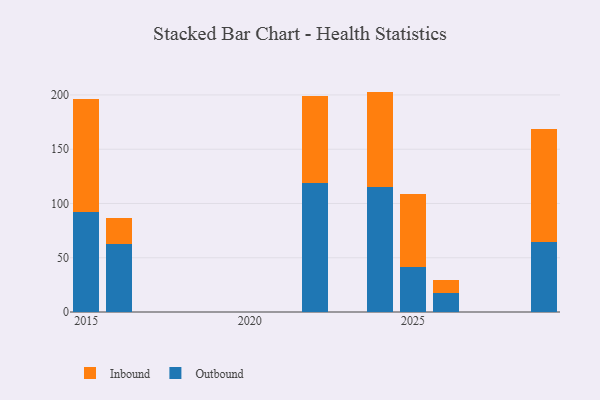
{"axis": {"x": "Year", "y": "Customer Acquisition Cost (USD)"}, "legend": ["Inbound", "Outbound"], "data": [{"x": "2024", "y": 114.9, "type": "Outbound"}, {"x": "2024", "y": 88.2, "type": "Inbound"}, {"x": "2022", "y": 118.5, "type": "Outbound"}, {"x": "2022", "y": 81.0, "type": "Inbound"}, {"x": "2029", "y": 64.4, "type": "Outbound"}, {"x": "2029", "y": 104.2, "type": "Inbound"}, {"x": "2016", "y": 63.0, "type": "Outbound"}, {"x": "2016", "y": 23.7, "type": "Inbound"}, {"x": "2026", "y": 17.8, "type": "Outbound"}, {"x": "2026", "y": 11.3, "type": "Inbound"}, {"x": "2015", "y": 92.6, "type": "Outbound"}, {"x": "2015", "y": 103.8, "type": "Inbound"}, {"x": "2025", "y": 41.4, "type": "Outbound"}, {"x": "2025", "y": 67.6, "type": "Inbound"}]}